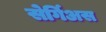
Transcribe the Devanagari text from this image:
सेर्गिअस